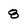
Character: 8